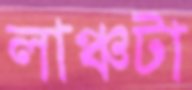
লাঞ্চটা